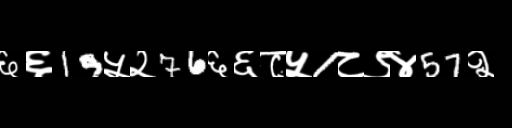
Text: ६६19५२76६६८५1८९४57२